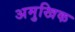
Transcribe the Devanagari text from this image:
अमुखिक